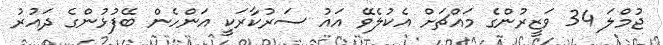
ޖުމްލަ 34 ވަޒީރުންގެ މައްޗަށް އެކުލެވޭ އައު ސަރުކާރަކީ އަންހެން ބޭފުޅުންގެ ދައުރު